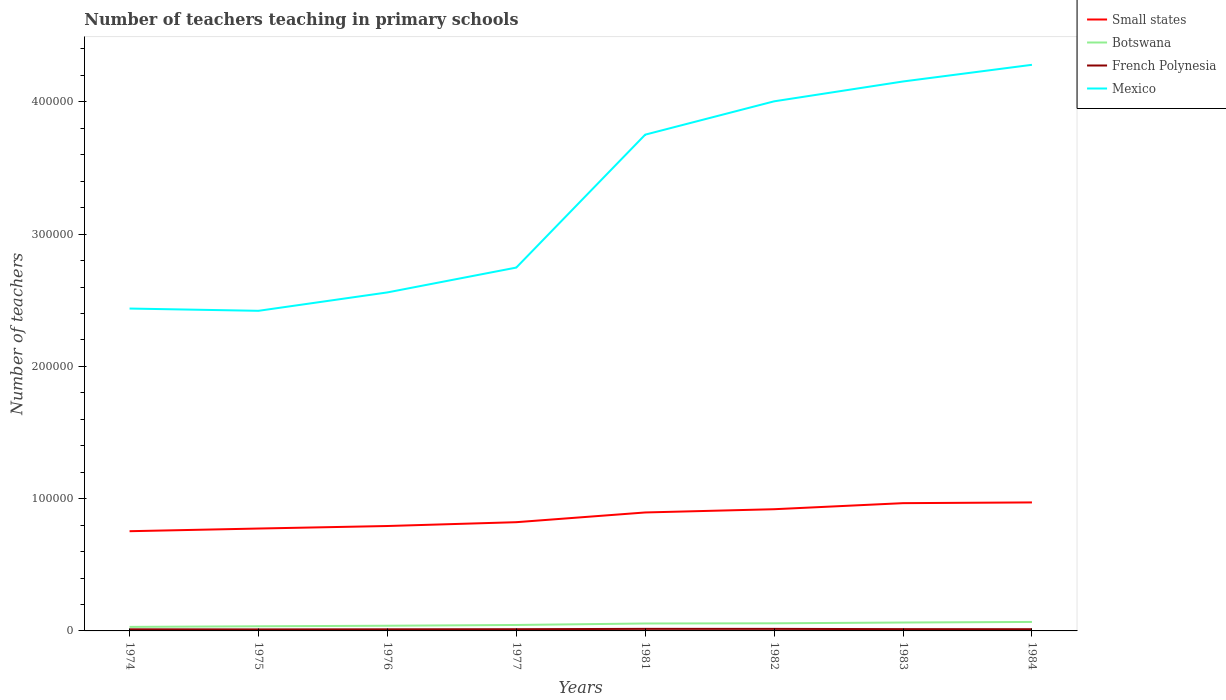
| Years | Small states | Botswana | French Polynesia | Mexico |
 | --- | --- | --- | --- | --- |
 | 1974 | 7.54e+04 | 3.05e+03 | 1.21e+03 | 2.44e+05 |
 | 1975 | 7.74e+04 | 3.51e+03 | 1.15e+03 | 2.42e+05 |
 | 1976 | 7.93e+04 | 3.92e+03 | 1.21e+03 | 2.56e+05 |
 | 1977 | 8.22e+04 | 4.5e+03 | 1.3e+03 | 2.75e+05 |
 | 1981 | 8.96e+04 | 5.63e+03 | 1.56e+03 | 3.75e+05 |
 | 1982 | 9.2e+04 | 5.77e+03 | 1.54e+03 | 4e+05 |
 | 1983 | 9.66e+04 | 6.36e+03 | 1.36e+03 | 4.15e+05 |
 | 1984 | 9.72e+04 | 6.79e+03 | 1.3e+03 | 4.28e+05 |